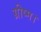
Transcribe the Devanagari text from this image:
ग्रीष्म।